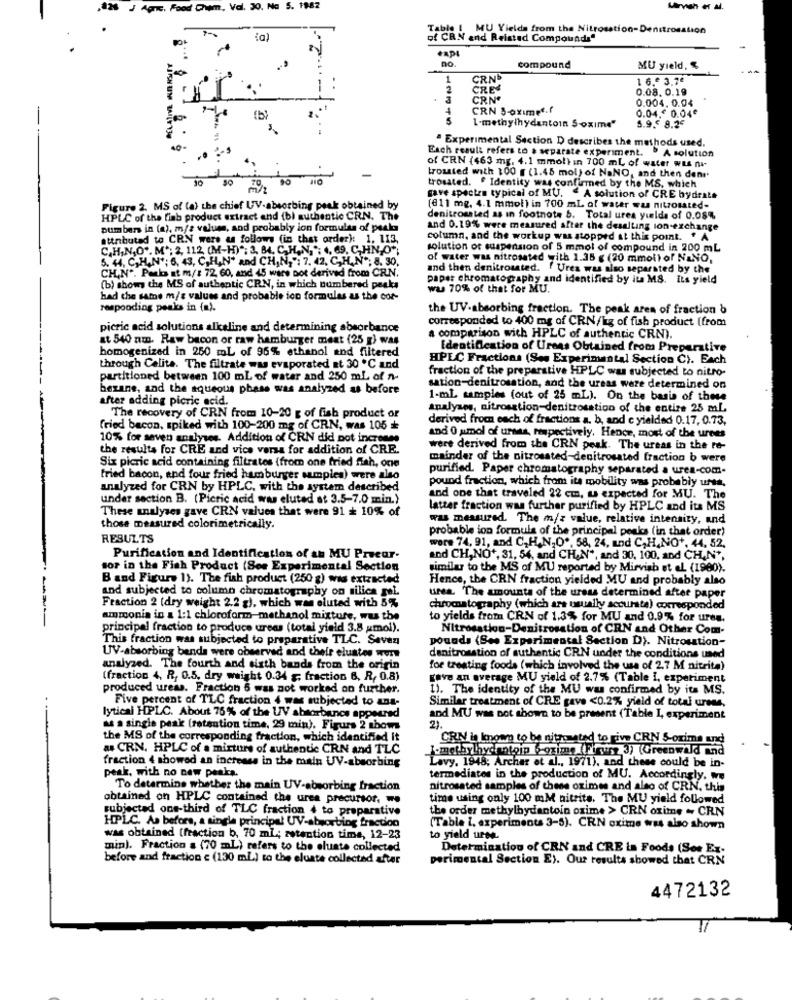
.828 J Agne, Food Chem, Val. 30. Na 5. 1982
Table [ MU Yields from the Nitrosstion-Denitrosation
ia)
of CRN and Reistad Compounds"
compound
MU yield, $
1
CRN
1 6.º 3.7€
2
CRE
0.08. 0.19
CRNº
0.004. 0.04
4
CRN S-oximet.r
0.04.€ 0.04€
2.
5.9.€ 8.2€
1-methylhydantoin S-oxime"
" Experimental Section D describes the methods used.
Each result refers to a separate experiment. " A solution
of CRN (463 mg. 4.1 mmol) in 700 ml of water wis n-
trosted with 100 g (1.45 mol) of NaNO, and then den
trosated. " Identity was confirmed by the MS, which
gave spectra typical of MU. " A solution of CRE bydrate
Figure 2. MS of (a) the chief UV-absorbing peak obtained by
(811 mg. 4.1 mmol) in 700 ml of water was nitrosated-
HPLC of the linh product extract and (bi authentic CRN. The
denitroasted as in footnote b. Total ures yılda of 0.08%
pumbers in (a), m/s values, and probably ion formulas of peak
and 0.19% were measured after the desalting ion-exchange
attributed to CRN were as follows (in that order): 1, 113,
column, and the workup was stopped at this point. " A
C.H.N.O". M'; 2, 112 (M-H)"; 3, B, C,H,N, ": 4, 69, C, HN,O *;
solution of suspension of 5 mmol of compound in 200 mL
5. 44, C,H.N'; 6, 43, C,H,N* and CH,N, ": 7, 42, C,H,N *; 8. 30,
of water was nitrosated with 1.35 € (20 mmol) of NaNO,
CH,N". Parks at m/: 72, 60, and 45 ware pot derived from CRN.
and then denitrossted.
f Ures was also separated by the
paper chromatography and identified by ite MS. ILs yield
(b) shows the MS of authentic CRN, in which numbered peaks
ww 70% of that for MU.
had the same m/s values and probable ion formulas as the cor-
responding peaks in (a).
the UV-absorbing fraction. The peak ares of fraction b
corresponded to 400 mg of CRN/kg of fish product (from
picric acid solutions alkaline and determining absorbance
at 540 nm. Raw bacon or raw hamburger meat (25 g) was
a comparison with HPLC of authentic CRM).
homogenized in 250 mL of 96% ethanol and filtered
Identification of Urens Obtained from Preparative
HPLC Fractions (Ses Experimental Section C). Each
through Calita. The filtrate was evaporated at 30 ℃ and
fraction of the preparative HPLC was subjected to nitro-
partitioned between 100 ml of water and 250 ml of n-
bezane, and the aqueous phase was analyzed as before
sation-denitrosation, and the ureas were determined on
after adding picric acid.
1-mL samples (out of 25 mL). On the basis of these
analyses, nitrosstion-denitrosation of the entire 25 mL
The recovery of CRN from 10-20 g of fish product or
derived from each of fractions a. b, and c yielded 0.17, 0.73,
fried bacon, spiked with 100-200 mg of CRN, was 105 +
10% for seven analyses. Addition of CRN did pot incroses
and 0 amol of urss, respectively. Hence, most of the urnes
the results for CRE and vice versa for addition of CRE.
were derived from the CRN peak. The ureas in the re-
mainder of the nitrossted-denitrosated fraction b were
Six picric acid containing filtrates (from one fried fish, one
purified. Paper chromatography separated a uren-com-
fried bacon, and four fried hamburger samples) were also
analyzed for CRN by HPLC, with the system described
pound fraction, which from its mobility was probably ures,
under section B. (Pictic acid was eluted at 3.5-7.0 min.)
and one that traveled 22 cm, u expected for MU. The
These analyses gave CRN values that were 91 + 10% of
latter fraction was further purified by HPLC and its MS
was measured. The m/z value, relative intensity, and
those measured colorimetrically.
probable ion formula of the principal peaks (in that order)
RESULTS
were 74, 91, and C,HAN,O', 58, 24, and C,H,NO+, 44, 52.
Purification and Identification of an MU Preeur-
and CH, NO *, 31, 54, and CH,N", and 30, 100, and CH,N',
sor in the Fish Product (See Experimental Section
similar to the MS of MU reported by Mirvish et al (1980).
B and Figure 1). The fish product (250 g) was extracted
Hence, the CRN fraction yielded MU and probably also
and subjected to column chromatography on silica gel.
urea. The amounts of the uress determined aftee paper
Fraction 2 (dry weight 2.2 g), which was eluted with 5%
chromatography (which are usually accurate) corresponded
ammonia in a 1:1 chloroform-methanol mixture, was the
to yields from CRN of 1.3% for MU and 0.9% for ures.
principal fraction to produce ureas (total yield 3.8 xmol).
Nitrosation-Denitrosation of CRN and Other Com-
This fraction was subjected to preparative TLC. Savez
pounds (See Experimental Section D). Nitrosation-
UV-absorbing bends were observed and their elustes were
denitrosation of authentic CRN under the conditions used
analyzed. The fourth and sixth bands from the origin
for treating foods (which involved the use of 2.7 M nitrita)
(fraction 4, R, 0.5, dry weight 0.34 $; fraction 6, R, 0.8)
gave an average MU yield of 2.7% (Table I, experiment
produced ureas. Fraction 6 was not worked on further.
1). The identity of the MU was confirmed by its MS.
Five percent of TLC fraction 4 was subjected to ana-
Similar treatment of CRE gave <0.2% yield of total urees,
lytical HPLC. About 76% of the UV absorbancs appeared
and MU was not shown to be present (Table I, experiment
as a single peak (retention time, 29 min). Figurs 2 shows
2).
the MS of the corresponding fraction, which identified it
CRIN is known to be nitrated to give CRN S-ozima und
as CRN. HPLC of a mixture of authentic CRN and TLC
I-methylhydrotoip 6-oximo (Figury 3) (Greenwald and
fraction 4 showed an increase in the main UV-absorbing
"Lavy. 1948; Archer et al ., 1971), and these could be in-
peak, with no new peaks.
termediates in the production of MU. Accordingly. ww
To determine whether the main UV-absorbing fraction
nitrosated samples of these oximes and also of CRN. this
obtained on HPLC contained the urea precursor. w.
time using only 100 mM nitrite. The MU yield followed
subjectad one-third of TLC fraction 4 to preparative
the order methylhydantoin oxime > CRN oxime - CRN
HPLC. As before, a single principal UV-absorbing fraction
(Table i. experiments 3-5). CRN oxime was also shown
was obtained (fraction b, 70 ml; retention time, 12-23
to yield ures.
min). Fraction a (70 mL) refers to the eluste collected
Determination of CRN and CRE in Foods (Sor Ex-
before and fraction e (130 mL.) to the eluate collected after
perimental Section E). Our results showed that CRN
4472132